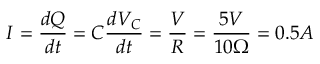
I = \frac { d Q } { d t } = C \frac { d V _ { C } } { d t } = \frac { V } { R } = \frac { 5 V } { 1 0 \Omega } = 0 . 5 A